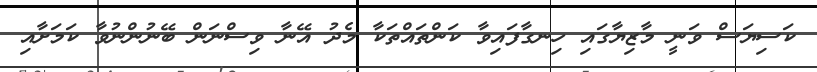
ކަސިޔަސް ވަނީ މާޒިޔާގައި ހިނގާފައިވާ ކަންތައްތަކާ މެދު އޭނާ ވިސްނަން ބޭނުންނުވާ ކަމަށާއި